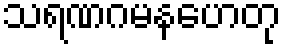
သရဏဂမနဟေတု